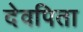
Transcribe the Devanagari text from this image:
देवपिता